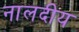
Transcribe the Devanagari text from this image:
नालदीय